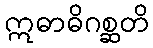
ဣဓာဓိဂစ္ဆတိ